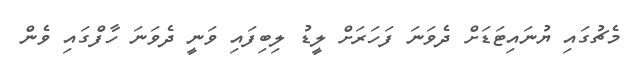
މެޗުގައި ޔުނައިޓަޑަށް ދެވަނަ ފަހަރަށް ލީޑު ލިބިފައި ވަނީ ދެވަނަ ހާފްގައި ވެން